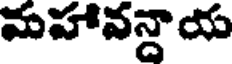
మహావన్దాయ